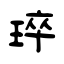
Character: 琗